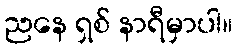
ညနေ ရှစ် နာရီမှာပါ။